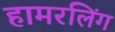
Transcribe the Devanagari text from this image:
हामरलिंग